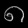
Digit: ၈